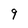
Character: 9